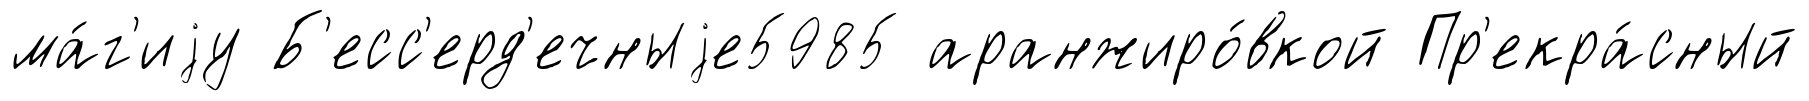
ма́г'иjу Б'есс'ерд'ечныjе5985 аранжиро́вкой Пр'екра́сный